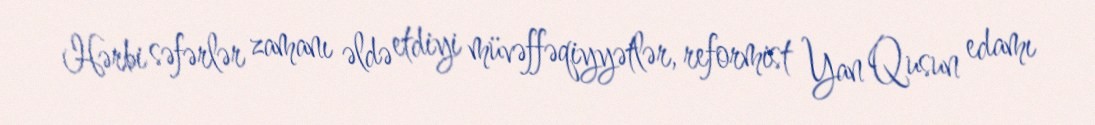
Hərbi səfərlər zamanı əldə etdiyi müvəffəqiyyətlər, reformist Yan Qusun edamı